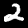
Label: 2